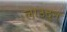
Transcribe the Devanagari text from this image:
लाउदुन